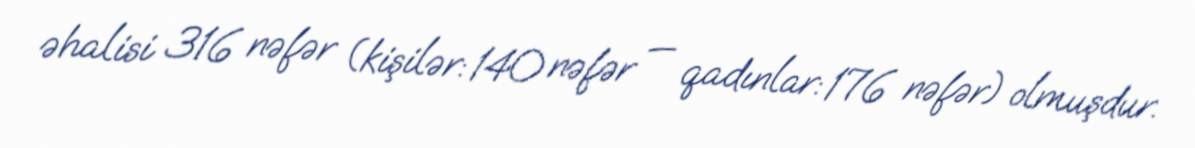
əhalisi 316 nəfər (kişilər: 140 nəfər — qadınlar: 176 nəfər) olmuşdur.